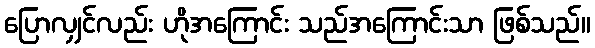
ပြောလျှင်လည်း ဟိုအကြောင်း သည်အကြောင်းသာ ဖြစ်သည်။